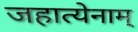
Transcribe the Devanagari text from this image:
जहात्येनाम्‌